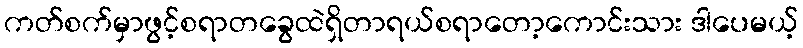
ကတ်စက်မှာဖွင့်စရာတခွေထဲရှိတာရယ်စရာတော့ကောင်းသား ဒါပေမယ့်